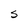
Character: S